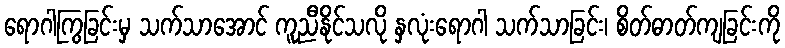
ရောဂါကြွခြင်းမှ သက်သာအောင် ကူညီနိုင်သလို နှလုံးရောဂါ သက်သာခြင်း၊ စိတ်ဓာတ်ကျခြင်းကို